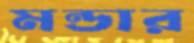
মন্ডার